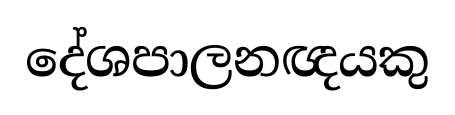
දේශපාලනඥයකු